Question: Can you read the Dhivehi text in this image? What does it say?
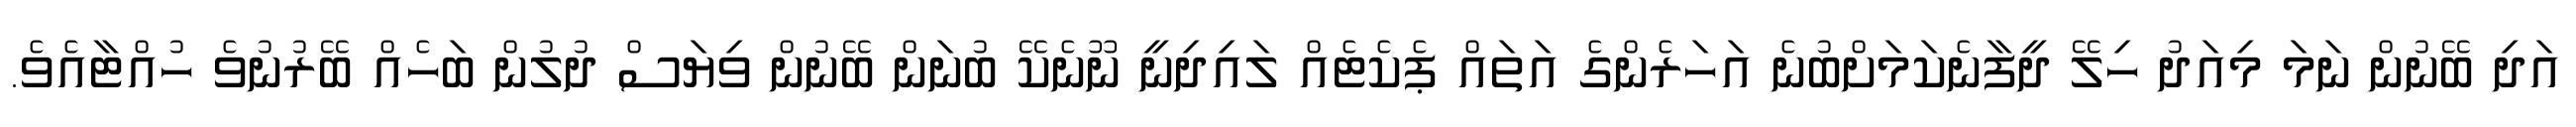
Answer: އަދި ބޭނުން ނަމަ މިއަދު ހިލޭ ދީފާނެކަމަށްބުނެ އަހަރެންގެ އަތައް ޕެކެޓެއް ލައިދިނީ ނޫނެކޭ ބުނަން ބޭނުން ވިޔަސް ދުލުން ބަހެއް ބޭރުނުވެ ހުއްޓާއެވެ.